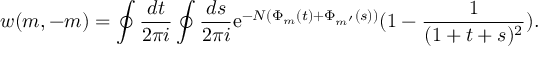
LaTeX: w ( m , - m ) = \oint \frac { d t } { 2 \pi i } \oint \frac { d s } { 2 \pi i } \mathrm { e } ^ { - N ( \Phi _ { m } ( t ) + \Phi _ { m ^ { \prime } } ( s ) ) } ( 1 - \frac { 1 } { ( 1 + t + s ) ^ { 2 } } ) .